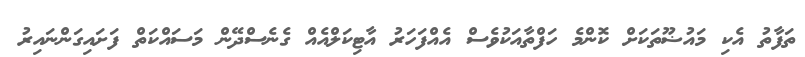
ތަފާތު އެކި މައުޟޫތަކަށް ކޮންމެ ހަފްތާއަކުވެސް އެއްފަހަރު އާޓިކަލްއެއް ގެނެސްދޭން މަސައްކަތް ފަށައިގަންނައިރު